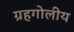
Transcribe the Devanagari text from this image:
ग्रहगोलीय